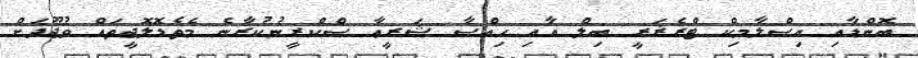
ބޮންޑާއި އިސްލާމިކް ޓްރެޜަރީ ބިލް އާއި ހިއްސާ ޝަރީޢާ ސްކްރީނުކުރާނެ މެތެޑޮލޮޖީތައް ވުޖޫދަށް